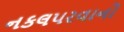
નકલપરવાનો